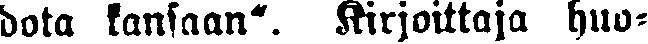
dota kansaan". Kirjoittaja huo-